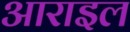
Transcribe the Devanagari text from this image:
आराइल